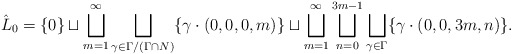
\begin{align*} \hat{L}_0 = \{0\} \sqcup \bigsqcup_{m=1}^\infty \bigsqcup_{\gamma \in \Gamma/(\Gamma \cap N)}\{\gamma\cdot (0,0,0,m)\} \sqcup \bigsqcup_{m=1}^\infty \bigsqcup_{n=0}^{3m-1} \bigsqcup_{\gamma \in \Gamma} \{\gamma \cdot(0,0,3m,n)\}.\end{align*}